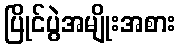
ပြိုင်ပွဲအမျိုးအစား